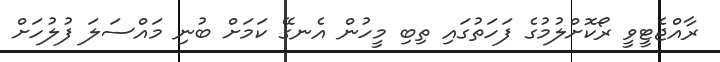
ރާއްޖެޓީވީ ރޯކޮށްލުމުގެ ފަހަތުގައި ތިބި މީހުން އެނގޭ ކަަމަށް ބުނި މައްސަލަ ފުލުހަށް